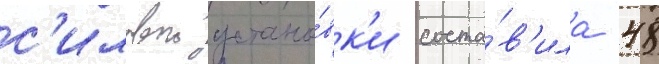
с'иловои устано́вк'и соста́в'ила 48